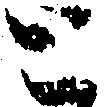
と